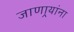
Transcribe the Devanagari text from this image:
जाणार्‍यांना